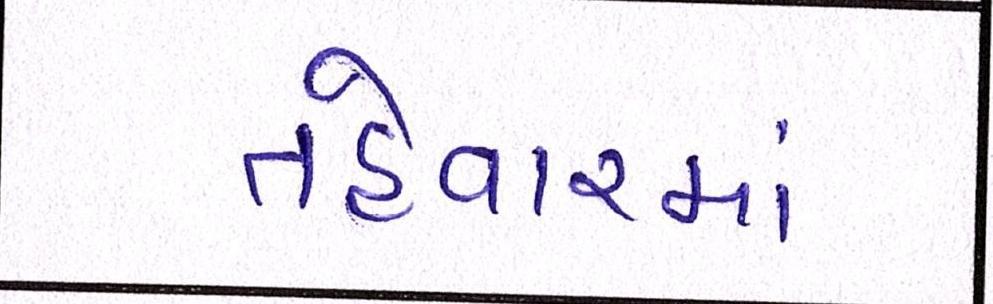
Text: તહેવારમાં